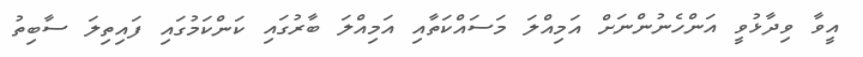
އީވާ ވިދާޅުވީ އަންހެނުންނަށް އަމިއްލަ މަސައްކަތާއި އަމިއްލަ ބާރުގައި ކަންކަމުގައި ފައިތިލަ ސާބިތު